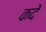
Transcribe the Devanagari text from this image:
कदे